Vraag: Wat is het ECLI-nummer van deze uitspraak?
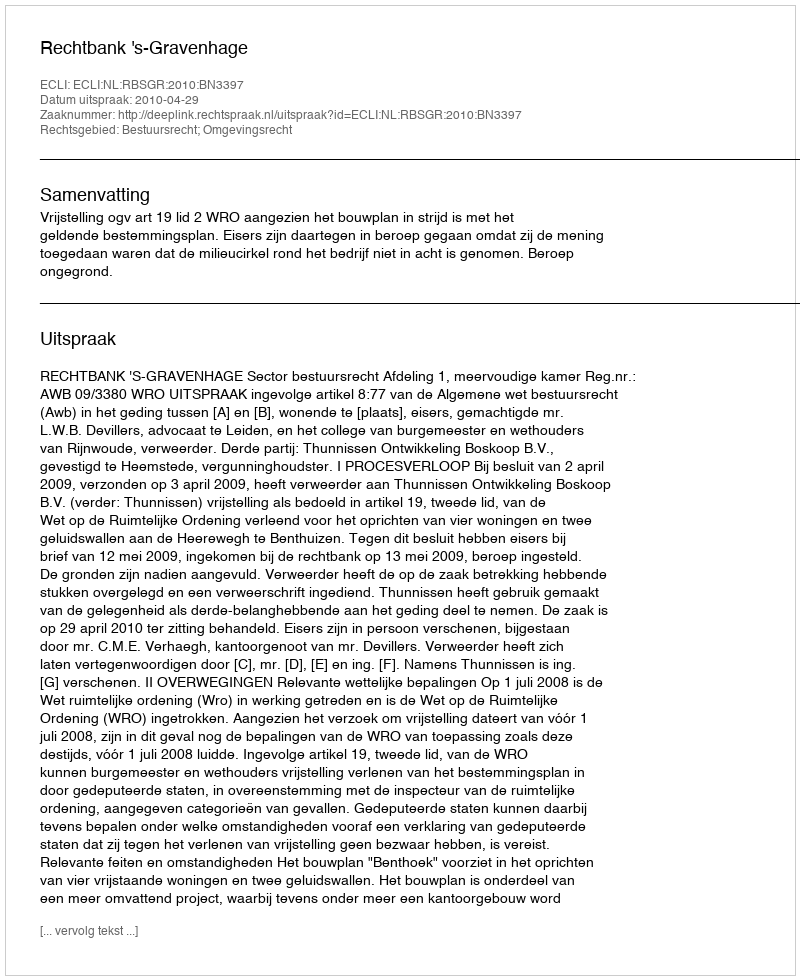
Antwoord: ECLI:NL:RBSGR:2010:BN3397